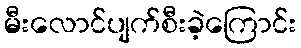
မီးလောင်ပျက်စီးခဲ့ကြောင်း